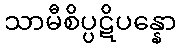
သာမီစိပ္ပဋိပန္နော